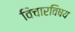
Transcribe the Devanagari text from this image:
विचारविषय